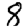
Digit: 8